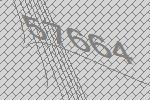
57664